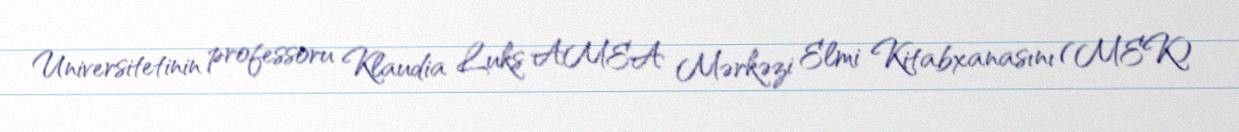
Universitetinin professoru Klaudia Luks AMEA Mərkəzi Elmi Kitabxanasını (MEK)